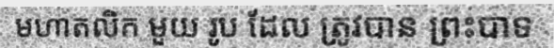
មហាតលិក មួយ រូប ដែល ត្រូវបាន ព្រះបាទ